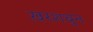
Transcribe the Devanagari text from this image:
ख़रशबुन